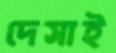
দেসাই